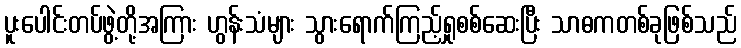
ပူးပေါင်းတပ်ဖွဲ့တို့အကြား ဟွန်းသံများ သွားရောက်ကြည့်ရှုစစ်ဆေးပြီး သာဓကတစ်ခုဖြစ်သည်